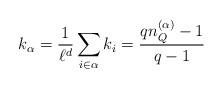
LaTeX: \begin{align*}k_\alpha =\frac{1}{\ell^d}\sum_{i\in \alpha} k_i = \frac{qn_Q^{(\alpha)}-1}{q-1}\end{align*}